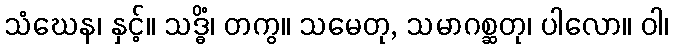
သံဃေန၊ နှင့်။ သဒ္ဓိံ၊ တကွ။ သမေတု, သမာဂစ္ဆတု၊ ပါလော။ ဝါ၊